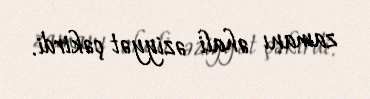
zamanı əhali əziyyət çəkirdi.